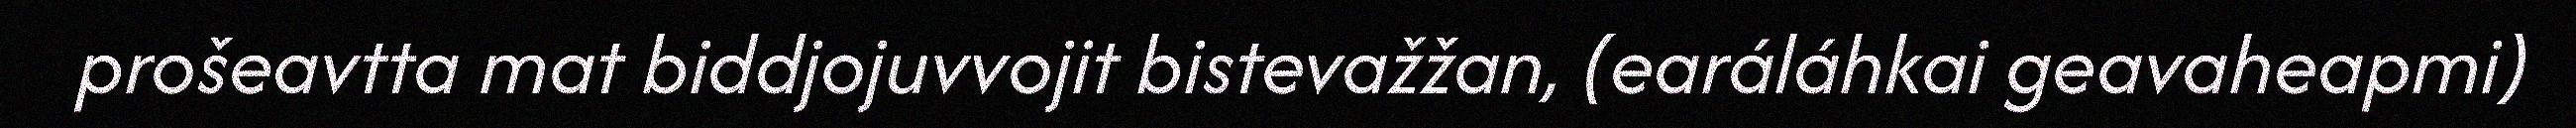
prošeavtta mat biddjojuvvojit bistevažžan, (earáláhkai geavaheapmi)